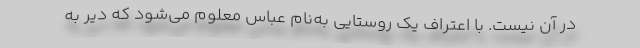
در آن نیست. با اعتراف یک روستایی به‌نام عباس معلوم می‌شود که دیر به